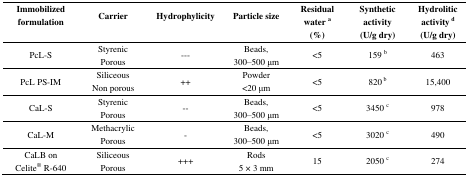
<table><thead><tr><td><b>Immobilized formulation</b></td><td><b>Carrier</b></td><td><b>Hydrophylicity</b></td><td><b>Particle size</b></td><td><b>Residualwater <sup>a</sup></b></td><td><b>Synthetic activity</b></td><td><b>Hydrolitic activity <sup>d</sup></b></td></tr><tr><td></td><td></td><td></td><td></td><td><b>(%)</b></td><td><b>(U/g dry)</b></td><td><b>(U/g dry)</b></td></tr></thead><tbody><tr><td>PcL-S</td><td>Styrenic Porous</td><td>---</td><td>Beads, 300–500 μm</td><td>&lt;5</td><td>159 <sup>b</sup></td><td>463</td></tr><tr><td>PcL PS-IM</td><td>Siliceous Non porous</td><td>++</td><td>Powder &lt;20 μm</td><td>&lt;5</td><td>820 <sup>b</sup></td><td>15,400</td></tr><tr><td>CaL-S</td><td>Styrenic Porous</td><td>--</td><td>Beads, 300–500 μm</td><td>&lt;5</td><td>3450 <sup>c</sup></td><td>978</td></tr><tr><td>CaL-M</td><td>Methacrylic Porous</td><td>-</td><td>Beads, 300–500 μm</td><td>&lt;5</td><td>3020 <sup>c</sup></td><td>490</td></tr><tr><td>CaLB on Celite<sup>®</sup> R-640</td><td>Siliceous Porous</td><td>+++</td><td>Rods 5 × 3 mm</td><td>15</td><td>2050 <sup>c</sup></td><td>274</td></tr></tbody></table>